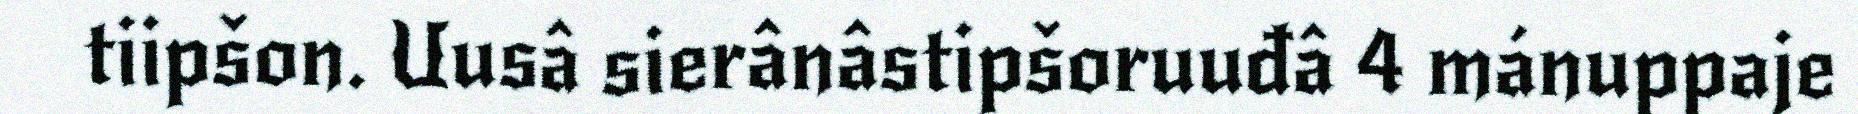
tiipšon. Uusâ sierânâstipšoruuđâ 4 mánuppaje